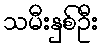
သမီးနှစ်ဦး